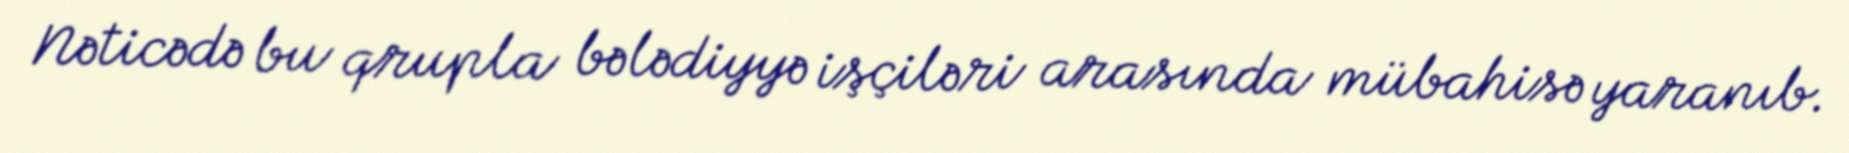
Nəticədə bu qrupla bələdiyyə işçiləri arasında mübahisə yaranıb.